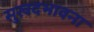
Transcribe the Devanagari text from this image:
सुखदभावना